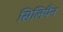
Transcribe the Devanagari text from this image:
सिलिपैन